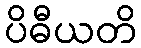
ပိဓီယတိ